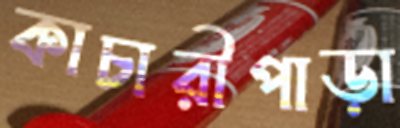
কাচারীপাড়া